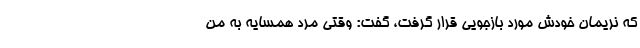
که نریمان خودش مورد بازجویی قرار گرفت، گفت: وقتی مرد همسایه به من